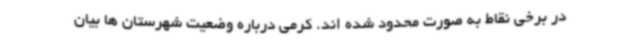
در برخی نقاط به صورت محدود شده اند. کرمی درباره وضعیت شهرستان ها بیان